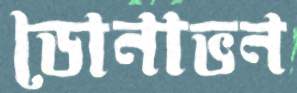
ডোনাভন